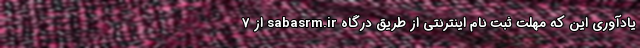
یادآوری این که مهلت ثبت نام اینترنتی از طریق درگاه sabasrm.ir از ۷